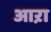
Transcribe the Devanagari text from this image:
आऱा